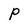
Character: P